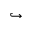
\hookrightarrow